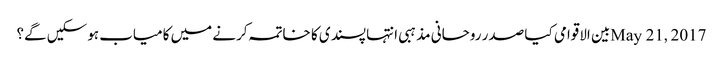
May 21, 2017بین الاقوامی	کیا صدر روحانی مذہبی انتہا پسندی کا خاتمہ کرنے میں کامیاب ہوسکیں گے؟